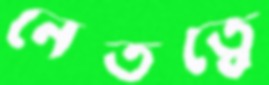
নেতত্বে